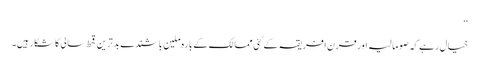
‘‘
خیال رہے کہ صومالیہ اور قرن افریقہ کے کئی ممالک کے بارہ ملین باشندے بدترین قحط سالی کا شکار ہیں۔